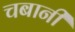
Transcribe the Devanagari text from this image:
चबानी